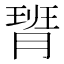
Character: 𪱟